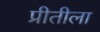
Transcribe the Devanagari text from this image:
प्रीतीला